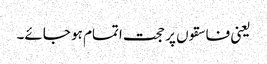
یعنی فاسقوں پر حجت اتمام ہو جائے۔